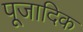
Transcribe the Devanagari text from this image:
पूजादिक